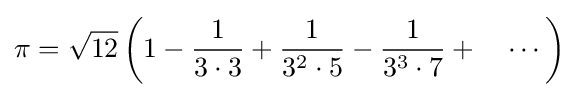
\pi ={\sqrt {12}}\left(1-{\frac {1}{3\cdot 3}}+{\frac {1}{3^{2}\cdot 5}}-{\frac {1}{3^{3}\cdot 7}}+\quad \cdots \right)